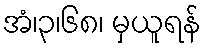
အံ၊၃၊၆၈၊ မှယူရန်